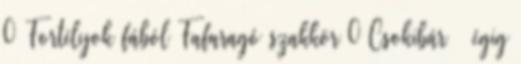
0 Fortélyok fából Fafaragó szakkör 0 Csokibár – égig